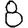
Digit: 8